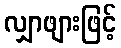
လျှာဖျားဖြင့်